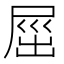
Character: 𡲒